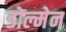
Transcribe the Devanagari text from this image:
डोल्मेन